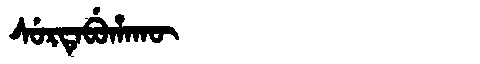
Manchu: ᠰᡠᡵᡨᡝᠪᡠᡥᠠᡴᡡ
Romanization: SURTEBUHAKŪ